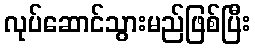
လုပ်ဆောင်သွားမည်ဖြစ်ပြီး